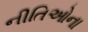
નીતિઓના